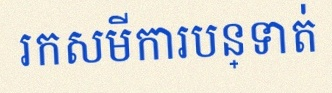
រកសមីការបន្ទាត់